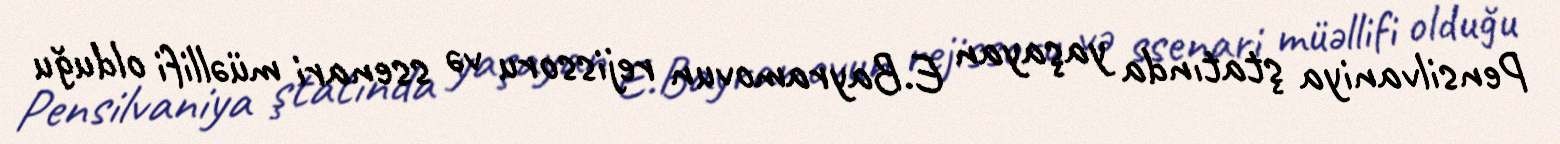
Pensilvaniya ştatında yaşayan E.Bayramovun rejissoru və ssenari müəllifi olduğu